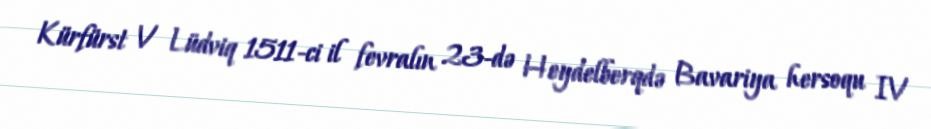
Kürfürst V Lüdviq 1511-ci il fevralın 23-də Heydelberqdə Bavariya hersoqu IV